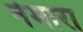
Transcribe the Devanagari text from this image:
नेमारा